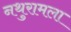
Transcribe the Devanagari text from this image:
नथुरामला